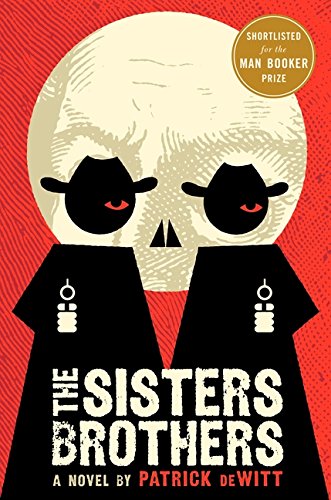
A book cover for The Sisters Brothers: A Novel; Patrick deWitt; Literature & Fiction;